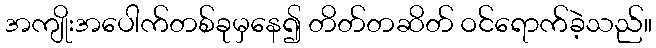
အကျိုးအပေါက်တစ်ခုမှနေ၍ တိတ်တဆိတ် ဝင်ရောက်ခဲ့သည်။